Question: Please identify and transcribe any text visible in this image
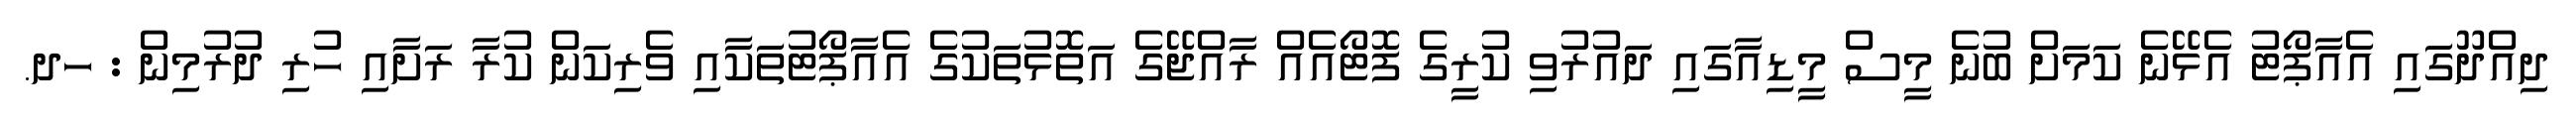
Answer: ދިއްދޫގައި އެއާޕޯޓު އެޅޭނެ ކަމަށް ބުނެ މީސް މީޑިއާގައި ދައުރުވި ކުރީގެ ފޮޓޯއެއް ރާއްޖޭގެ އަތޮޅުތަކުގެ އެއާޕޯޓުތަކާއި ވެރިކަން ކުރާ ރަށާއި ހުރި ދުރުމިން : ހދ.